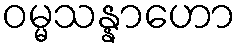
ဝမ္မသန္နာဟော